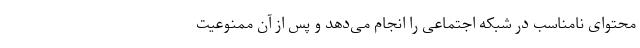
محتوای نامناسب در شبکه اجتماعی را انجام می‌دهد و پس از آن ممنوعیت